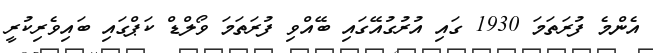
އެންމެ ފުރަތަމަ 1930 ގައި އުރުގުއޭގައި ބޭއްވި ފުރަތަމަ ވޯލްޑް ކަޕްގައި ބައިވެރިކުރީ